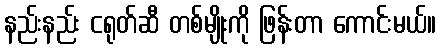
နည်းနည်း ငရုတ်ဆီ တစ်မျိုးကို ဖြန်းတာ ကောင်းမယ်။